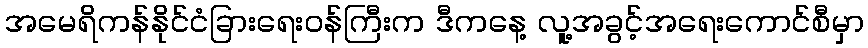
အမေရိကန်နိုင်ငံခြားရေးဝန်ကြီးက ဒီကနေ့ လူ့အခွင့်အရေးကောင်စီမှာ